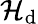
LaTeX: \cal{H}_{\mathrm{d}}